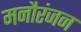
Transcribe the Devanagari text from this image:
मनौरंजन